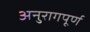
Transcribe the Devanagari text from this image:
अनुरागपूर्ण